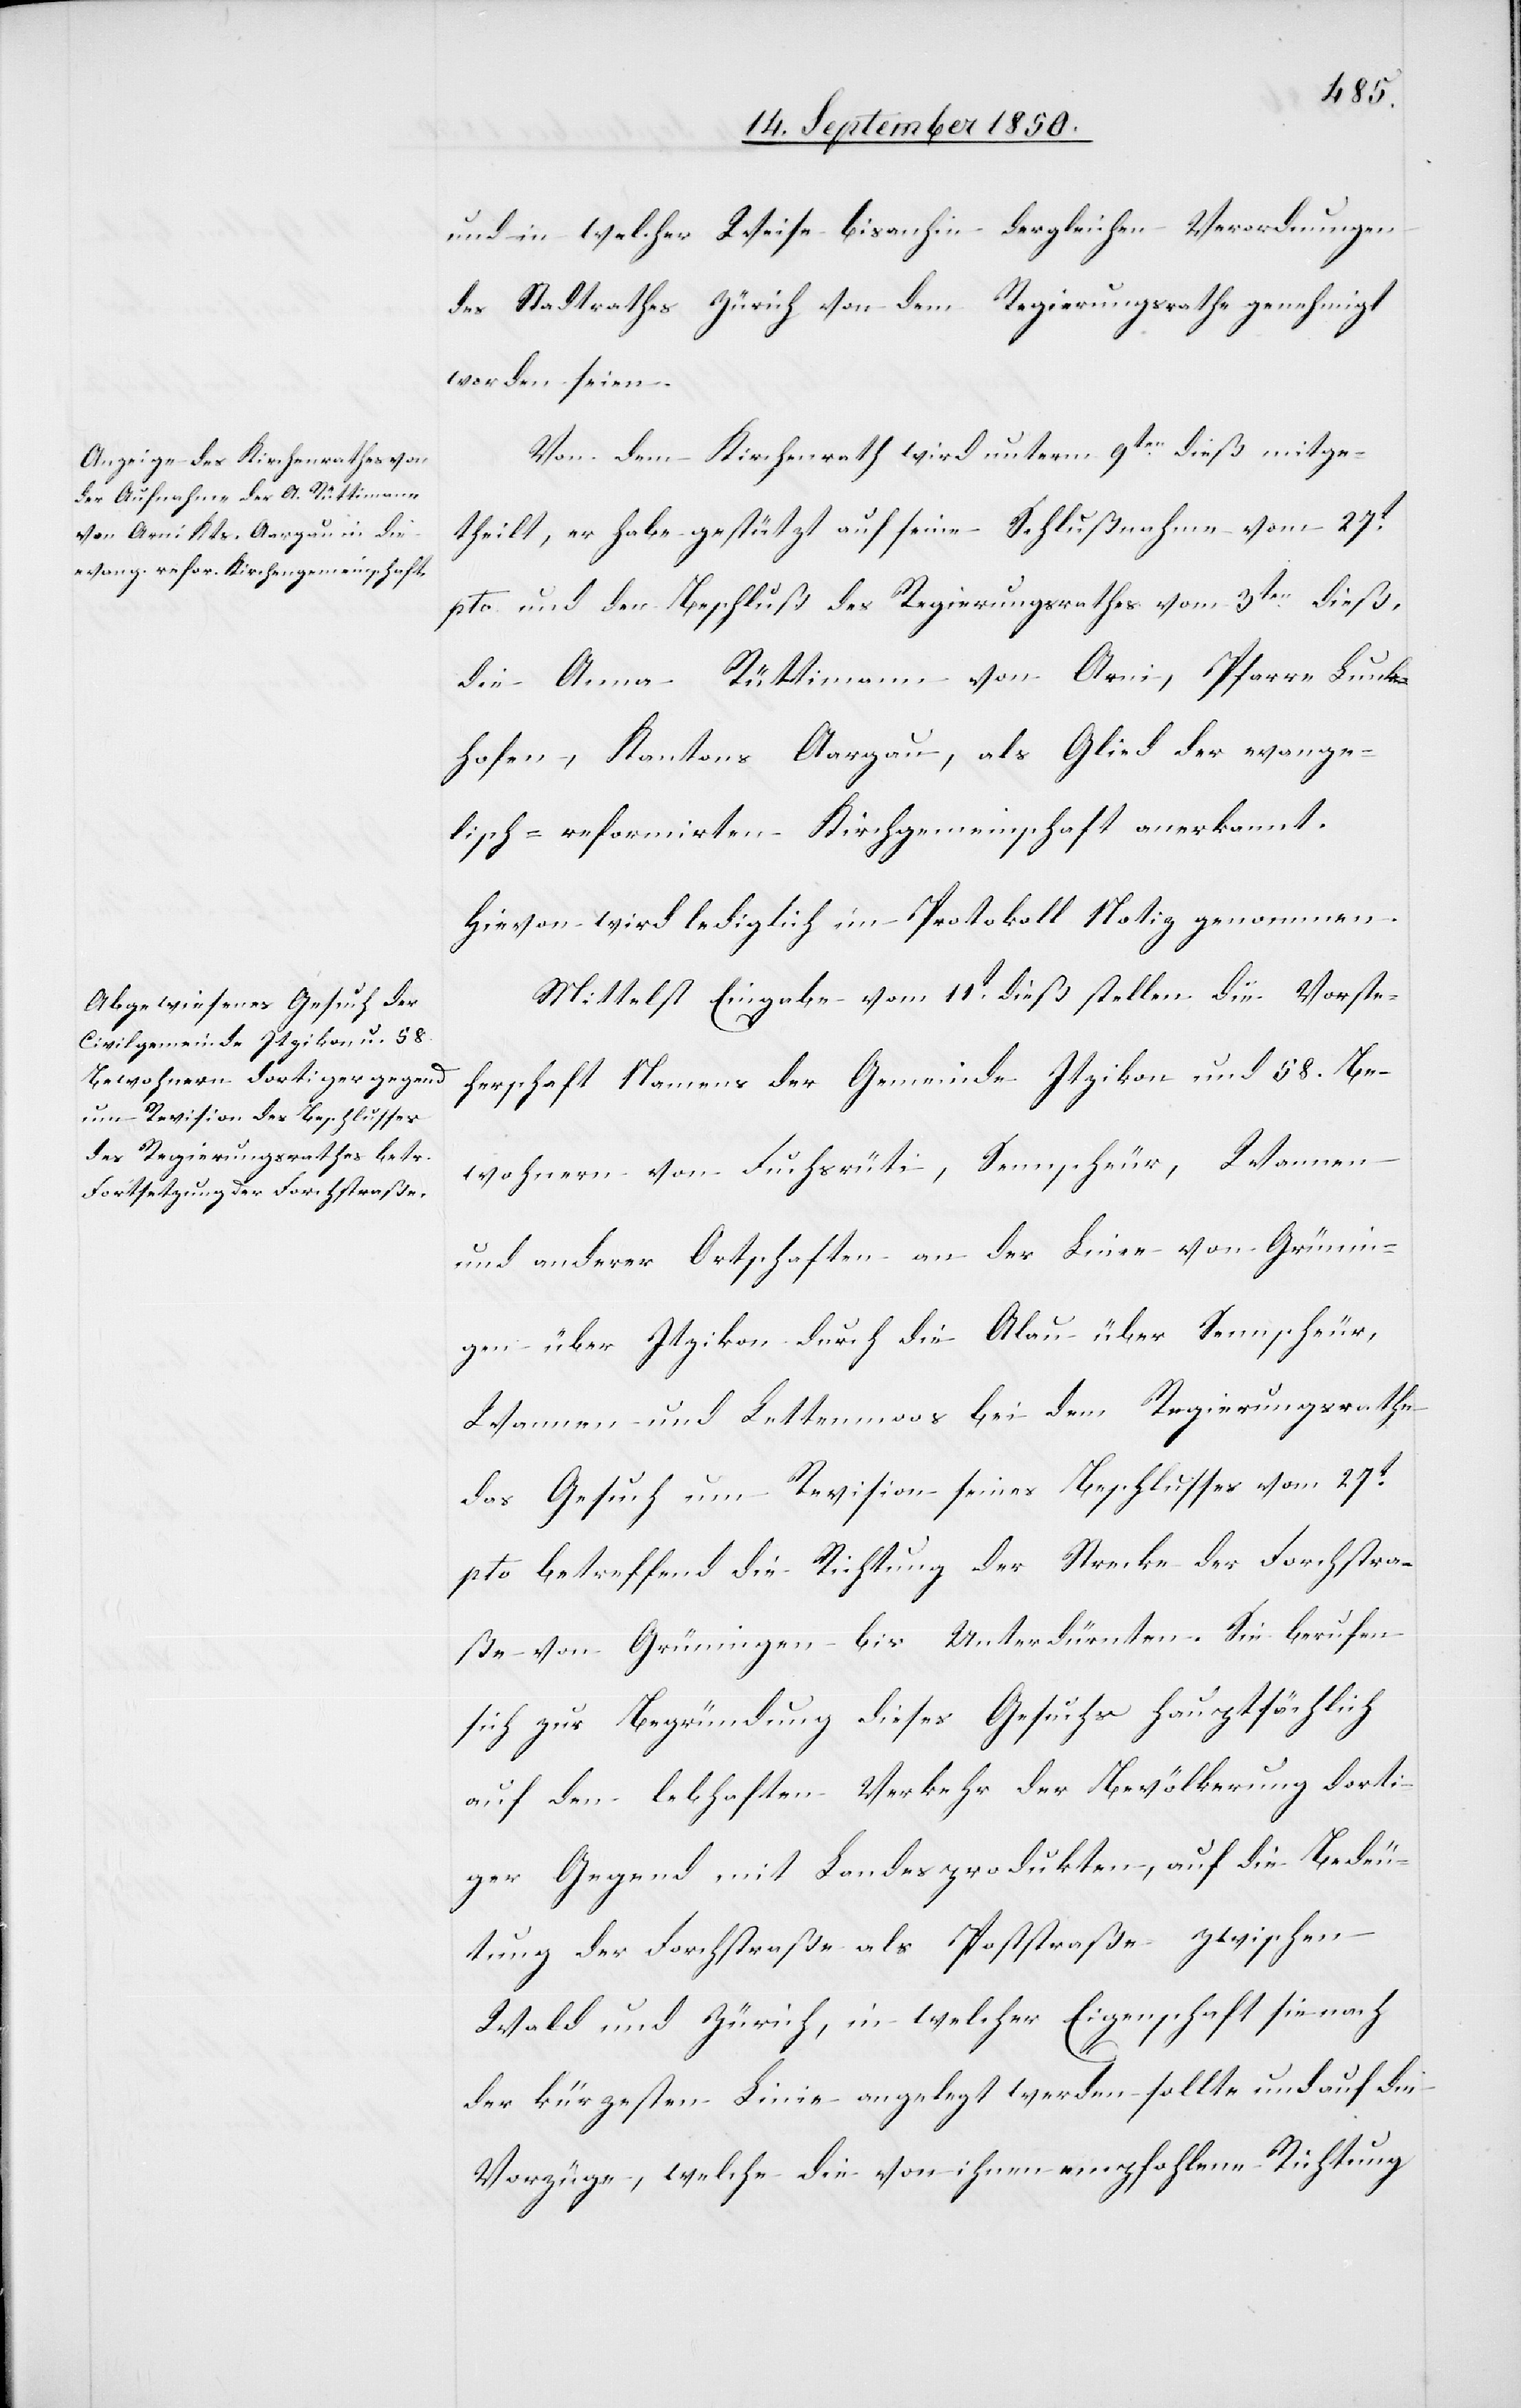
und in welcher Weise bisanhin dergleichen Verordnungen
des Stadtrathes Zürich von dem Regierungsrathe genehmigt
worden seien.
Von dem Kirchenrath wird unterm 9ten dieß mitge¬
theilt, er habe gestützt auf seine Schlußnahme vom 27t
pto. und den Beschluß des Regierungsrathes vom 3ten dieß,
die Anna Rüttimann von Arni, Pfarre Lunk¬
hofen, Kantons Aargau, als Glied der evange¬
lisch-reformirten Kirchgemeinschaft anerkannt.
Hievon wird lediglich im Protokoll Notiz genommen.
Mittelst Eingabe vom 11t dieß stellen die Vorste¬
herschaft Namens der Gemeinde Itzikon und 58. Be¬
wohnern von Fuchsrüti, Sennscheur, Wannen
und anderer Ortschaften an der Linie von Grünin¬
gen über Itzikon durch die Alau über Sennscheur,
Wannen und Lettenmoos bei dem Regierungsrathe
das Gesuch um Revision seines Beschlusses vom 27t
pto betreffend die Richtung der Strecke der Forchstra¬
ße von Grüningen bis Unterdürnten. Sie berufen
sich zur Begründung dieses Gesuchs hauptsächlich
auf den lebhaften Verkehr der Bevölkerung dorti¬
ger Gegend mit Landesprodukten, auf die Bedeu¬
tung der Forchstraße als Poststraße zwischen
Wald und Zürich, in welcher Eigenschaft sie nach
der kürzesten Linie angelegt werden sollte und auf die
Vorzüge, welche die von ihnen empfohlene Richtung